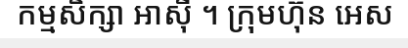
កម្មសិក្សា អាស៊ី ។ ក្រុមហ៊ុន អេស